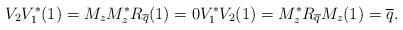
LaTeX: \begin{align*}V_2V_1^*(1)=M_zM_z^*R_{\overline q}(1)=0 V_1^*V_2(1)=M_z^*R_{\overline q}M_z(1)=\overline q.\end{align*}